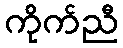
ကိုက်ညီ